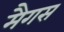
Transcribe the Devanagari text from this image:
मैगस